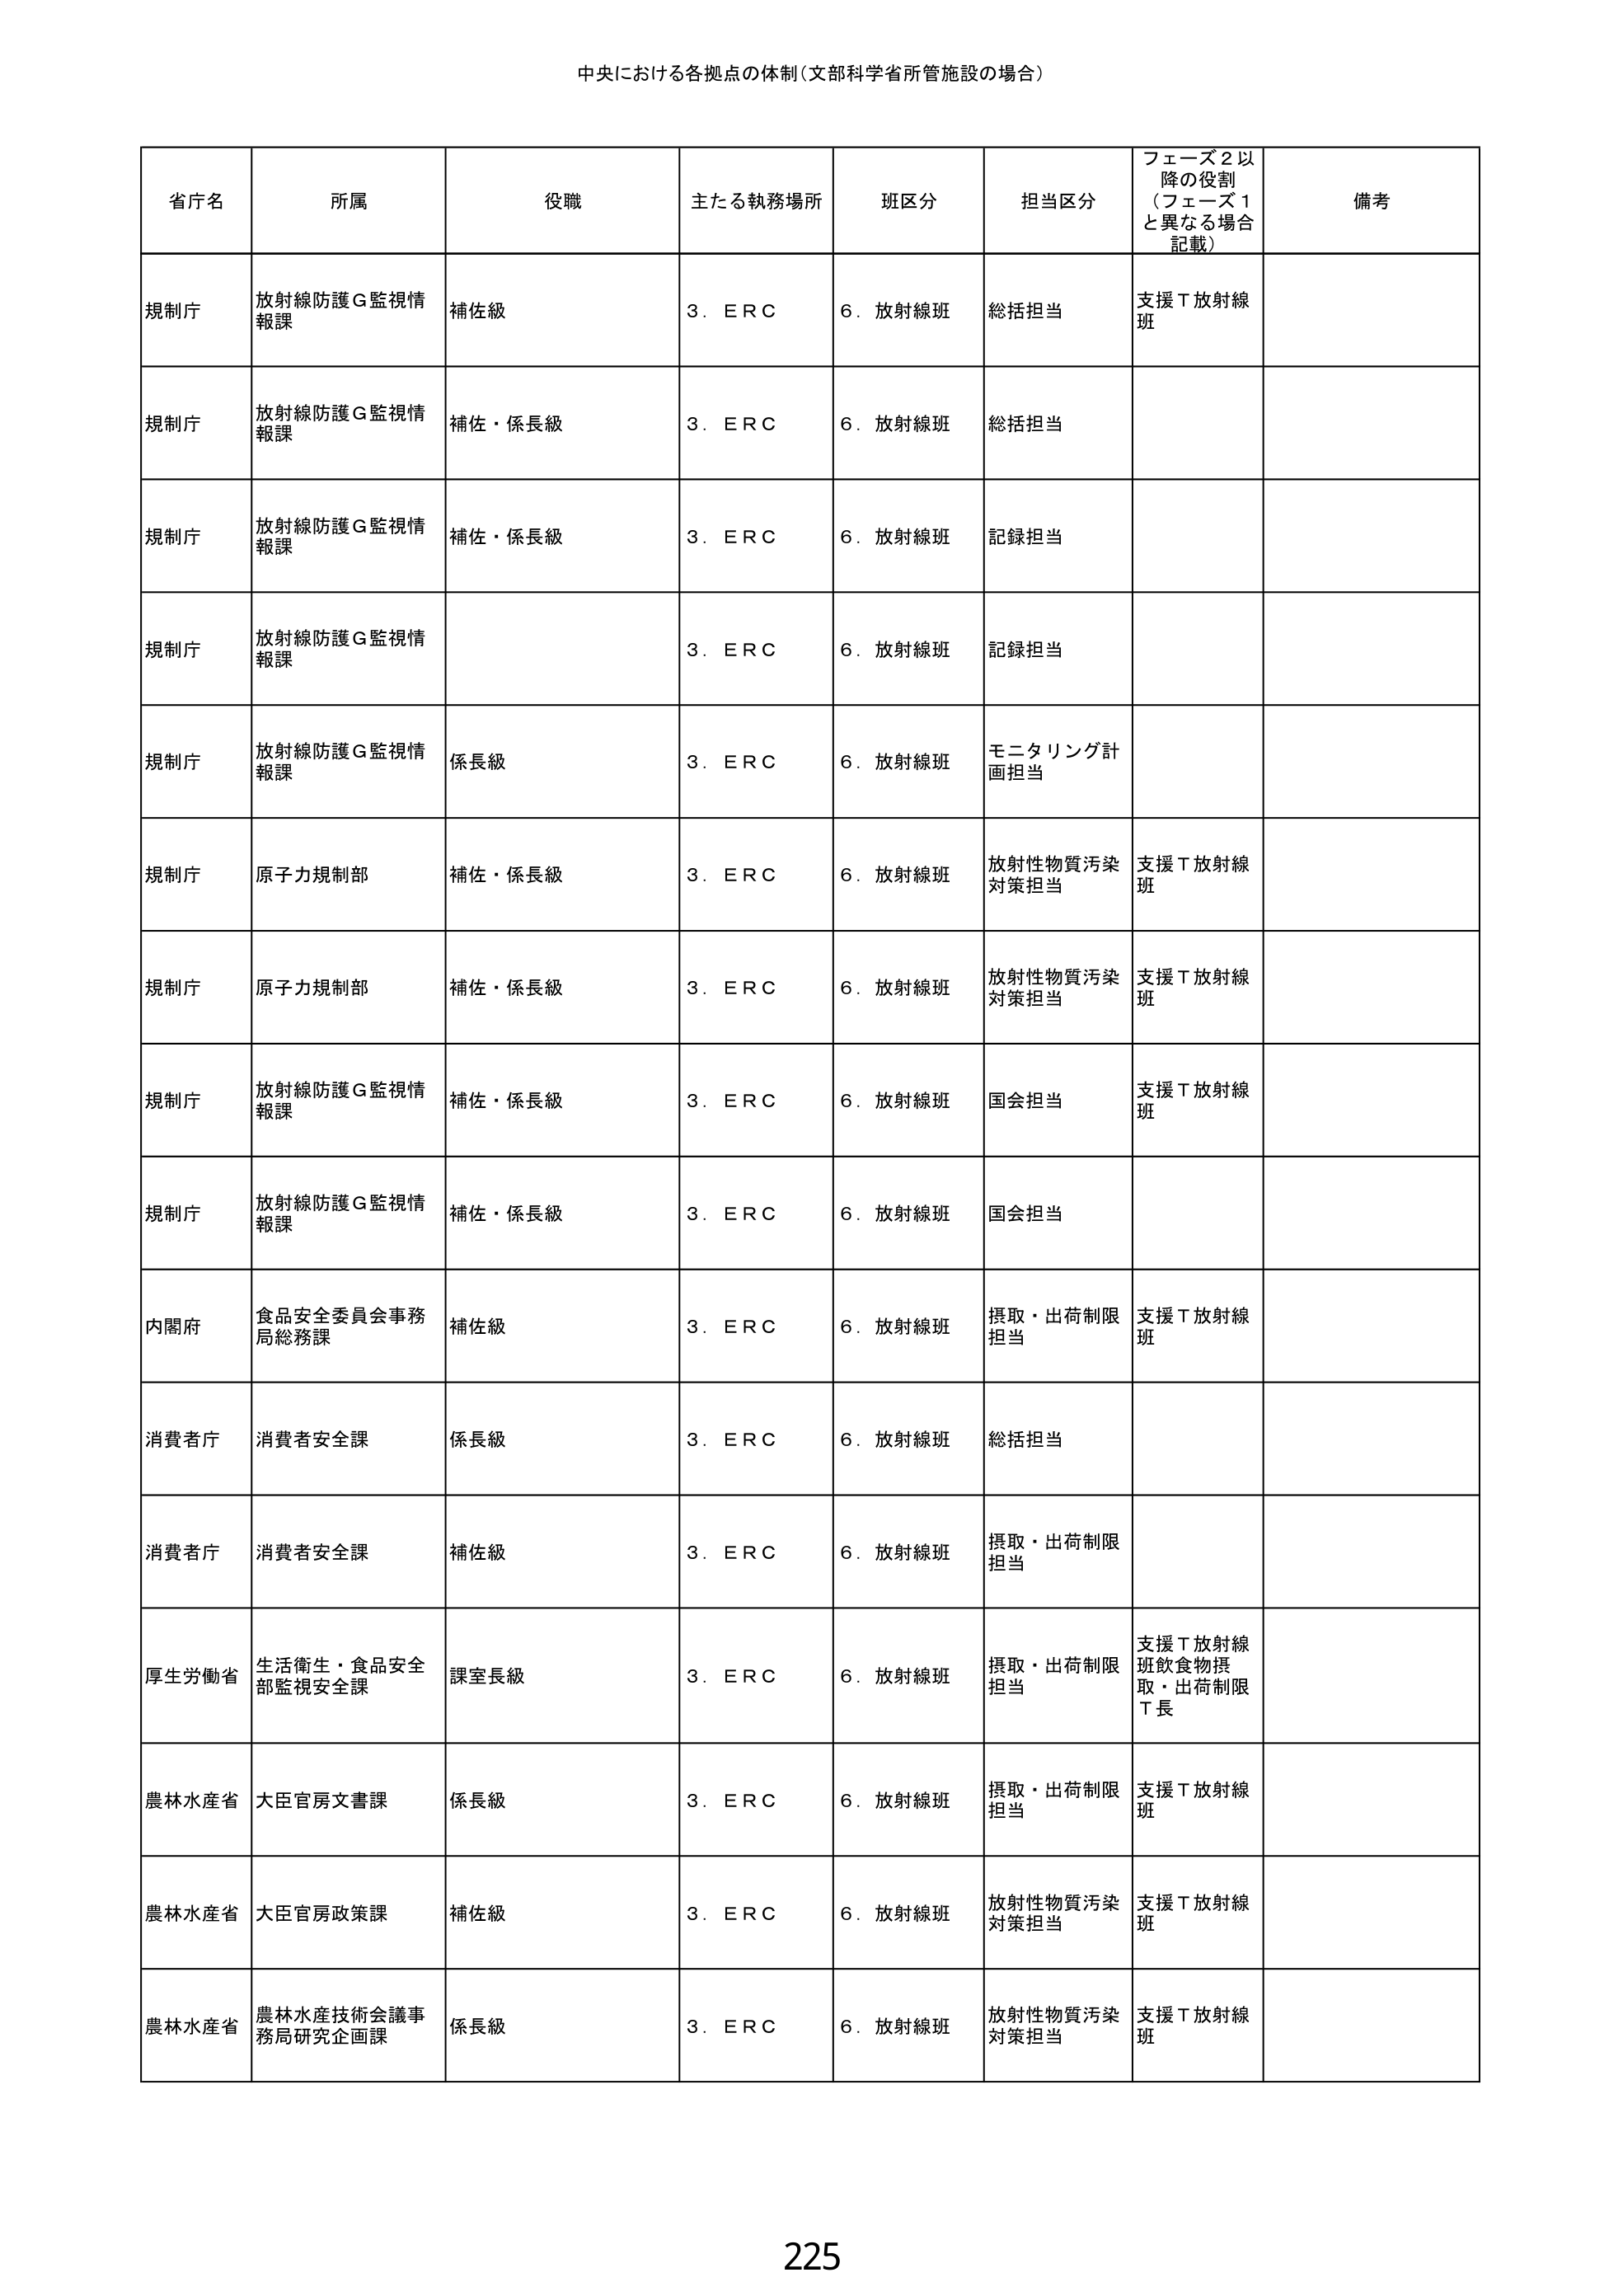
中央における各拠点の体制（文部科学省所管施設の場合）

省庁名　所属　役職　主たる執務場所　班区分　担当区分　フェーズ2以降の役割（フェーズ1と異なる場合記載）　備考

規制庁　放射線防護G監視情報課　補佐級　3．ERC　6．放射線班　総括担当　支援T放射線班

規制庁　放射線防護G監視情報課　補佐・係長級　3．ERC　6．放射線班　総括担当

規制庁　放射線防護G監視情報課　補佐・係長級　3．ERC　6．放射線班　記録担当

規制庁　放射線防護G監視情報課　　3．ERC　6．放射線班　記録担当

規制庁　放射線防護G監視情報課　係長級　3．ERC　6．放射線班　モニタリング計画担当

規制庁　原子力規制部　補佐・係長級　3．ERC　6．放射線班　放射性物質汚染対策担当　支援T放射線班

規制庁　原子力規制部　補佐・係長級　3．ERC　6．放射線班　放射性物質汚染対策担当　支援T放射線班

規制庁　放射線防護G監視情報課　補佐・係長級　3．ERC　6．放射線班　国会担当　支援T放射線班

規制庁　放射線防護G監視情報課　補佐・係長級　3．ERC　6．放射線班　国会担当

内閣府　食品安全委員会事務局総務課　補佐級　3．ERC　6．放射線班　摂取・出荷制限担当　支援T放射線班

消費者庁　消費者安全課　係長級　3．ERC　6．放射線班　総括担当

消費者庁　消費者安全課　補佐級　3．ERC　6．放射線班　摂取・出荷制限担当

厚生労働省　生活衛生・食品安全部監視安全課　課室長級　3．ERC　6．放射線班　摂取・出荷制限担当　支援T放射線班飲食物摂取・出荷制限T長

農林水産省　大臣官房文書課　係長級　3．ERC　6．放射線班　摂取・出荷制限担当　支援T放射線班

農林水産省　大臣官房政策課　補佐級　3．ERC　6．放射線班　放射性物質汚染対策担当　支援T放射線班

農林水産省　農林水産技術会議事務局研究企画課　係長級　3．ERC　6．放射線班　放射性物質汚染対策担当　支援T放射線班

225